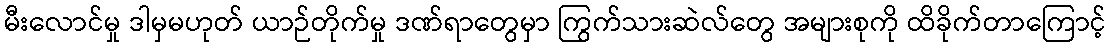
မီးလောင်မှု ဒါမှမဟုတ် ယာဉ်တိုက်မှု ဒဏ်ရာတွေမှာ ကြွက်သားဆဲလ်တွေ အများစုကို ထိခိုက်တာကြောင့်